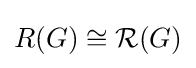
R(G)\cong {\mathcal {R}}(G)